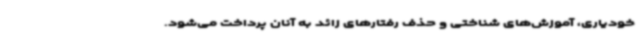
خودیاری، آموزش‌های شناختی و حذف رفتارهای زائد به آنان پرداخت می‌شود.